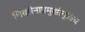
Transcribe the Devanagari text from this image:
शिवसेनाप्रमुखांमुळेच